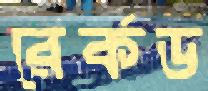
রের্কড